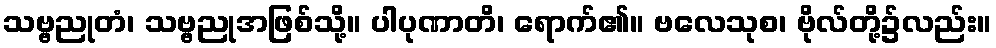
သဗ္ဗညုတံ၊ သဗ္ဗညုအဖြစ်သို့။ ပါပုဏာတိ၊ ရောက်၏။ ဗလေသုစ၊ ဗိုလ်တို့၌လည်း။